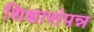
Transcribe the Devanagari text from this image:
शिक्षासंपन्न